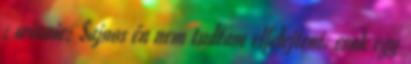
: winnie: Sajnos én nem tudtam elfelejteni, csak egy